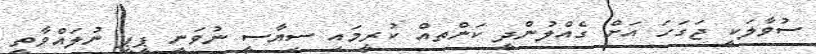
ސުވާލަކީ ޖަގަހަ އަށް ގެއްލުންދީ ކަންތއް ކުރީމައި ސިޔާސީ ނުވަނީ ޕީޕީ ނުލައްވާތީ